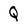
Character: Q